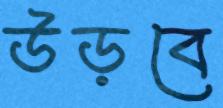
উড়বে